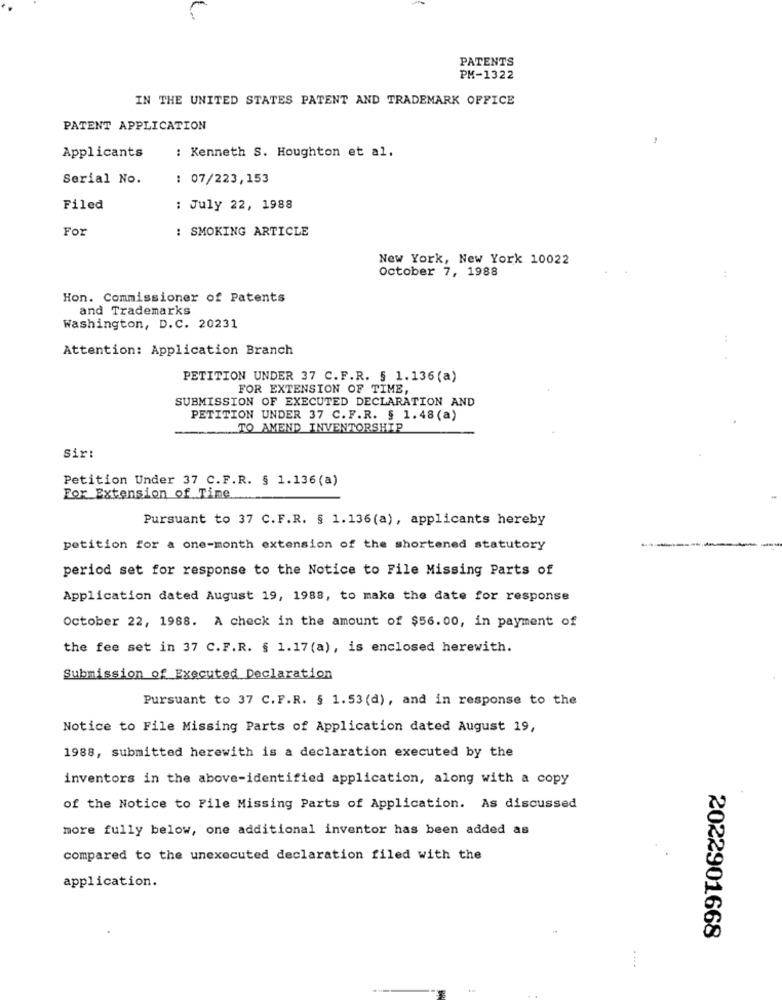
PATENTS
PM-1322
IN THE UNITED STATES PATENT AND TRADEMARK OFFICE
PATENT APPLICATION
Applicants
: Kenneth S. Houghton et al.
Serial No.
: 07/223,153
Filed
: July 22, 1988
For
: SMOKING ARTICLE
New York, New York 10022
October 7, 1988
:
Hon. Commissioner of Patents
and Trademarks
Washington, D.C. 20231
Attention: Application Branch
PETITION UNDER 37 C.F.R. § 1.136 (a)
FOR EXTENSION OF TIME,
SUBMISSION OF EXECUTED DECLARATION AND
PETITION UNDER 37 C. F.R. § 1.48 (a)
TO AMEND INVENTORSHIP
Sir:
Petition Under 37 C.F.R. § 1.136 (a)
For Extension of Time
Pursuant to 37 C.F.R. § 1.136(a) , applicants hereby
----
petition for a one-month extension of the shortened statutory
period set for response to the Notice to File Missing Parts of
Application dated August 19, 1988, to make the date for response
October 22, 1988. A check in the amount of $56.00, in payment of
the fee set in 37 C.F.R. § 1.17 (a), is enclosed herewith.
Submission of Executed Declaration
Pursuant to 37 C.F.R. § 1.53(d), and in response to the
Notice to File Missing Parts of Application dated August 19,
1988, submitted herewith is a declaration executed by the
inventors in the above-identified application, along with a copy
of the Notice to File Missing Parts of Application. As discussed
more fully below, one additional inventor has been added as
compared to the unexecuted declaration filed with the
application.
2022901668